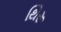
થિરૂ